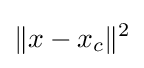
\|x-x_{c}\|^{2}